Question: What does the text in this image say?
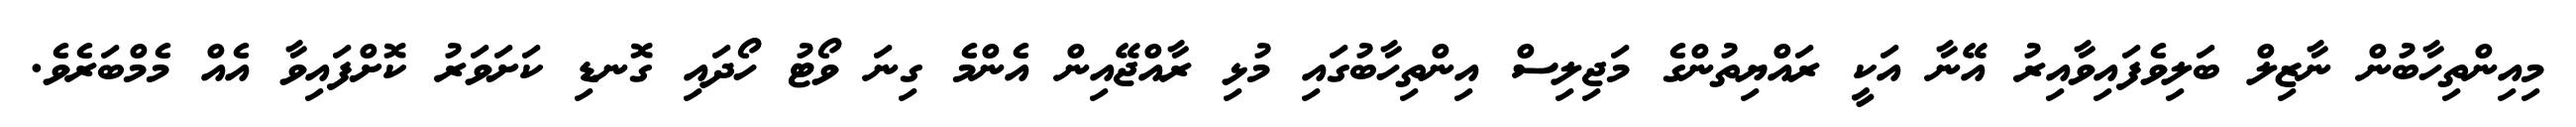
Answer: މިއިންތިހާބުން ނާޒިލް ބަލިވެފައިވާއިރު އޭނާ އަކީ ރައްޔިތުންގެ މަޖިލިސް އިންތިހާބުގައި މުޅި ރާއްޖޭއިން އެންމެ ގިނަ ވޯޓު ހޯދައި ގޮނޑި ކަށަވަރު ކޮށްފައިވާ އެއް މެމްބަރެވެ.